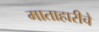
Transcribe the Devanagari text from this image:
माताहारीचे